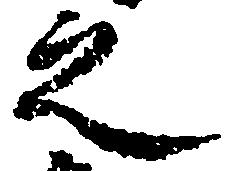
之